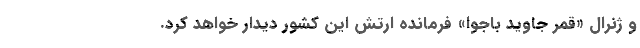
و ژنرال «قمر جاوید باجوا» فرمانده ارتش این کشور دیدار خواهد کرد.